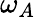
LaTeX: \omega_{A}